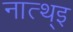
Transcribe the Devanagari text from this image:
नात्थ्इ